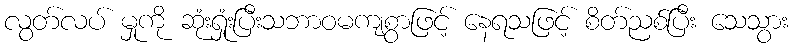
လွတ်လပ် မှုကို ဆုံးရှုံးပြီးသဘာဝမကျစွာဖြင့် နေရသဖြင့် စိတ်ညစ်ပြီး သေသွား